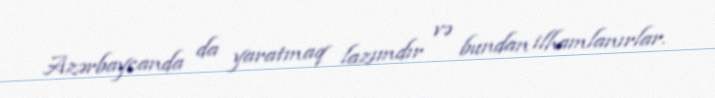
Azərbaycanda da yaratmaq lazımdır və bundan ilhamlanırlar.